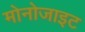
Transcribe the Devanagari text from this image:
मोनोजाइट